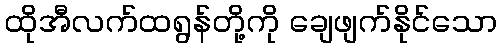
ထိုအီလက်ထရွန်တို့ကို ချေဖျက်နိုင်သော